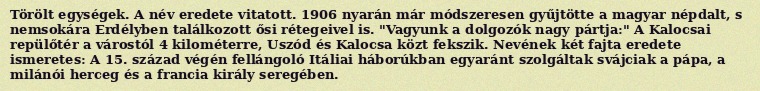
Törölt egységek. A név eredete vitatott. 1906 nyarán már módszeresen gyűjtötte a magyar népdalt, s nemsokára Erdélyben találkozott ősi rétegeivel is. "Vagyunk a dolgozók nagy pártja:" A Kalocsai repülőtér a várostól 4 kilométerre, Uszód és Kalocsa közt fekszik. Nevének két fajta eredete ismeretes: A 15. század végén fellángoló Itáliai háborúkban egyaránt szolgáltak svájciak a pápa, a milánói herceg és a francia király seregében.